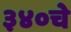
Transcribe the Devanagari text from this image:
३४०चे